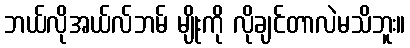
ဘယ်လိုအယ်လ်ဘမ် မျိုးကို လိုချင်တာလဲမသိဘူး။